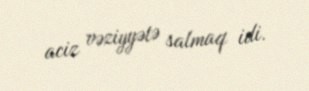
aciz vəziyyətə salmaq idi.